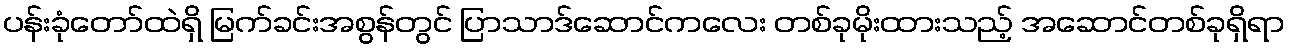
ပန်းခုံတော်ထဲရှိ မြက်ခင်းအစွန်တွင် ပြာသာဒ်ဆောင်ကလေး တစ်ခုမိုးထားသည့် အဆောင်တစ်ခုရှိရာ